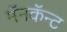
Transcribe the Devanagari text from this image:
मॅनकॅन्ट